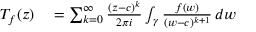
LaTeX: \begin{array} { r l } { T _ { f } ( z ) } & { { } = \sum _ { k = 0 } ^ { \infty } { \frac { ( z - c ) ^ { k } } { 2 \pi i } } \int _ { \gamma } { \frac { f ( w ) } { ( w - c ) ^ { k + 1 } } } \, d w } \end{array}